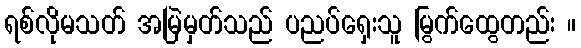
ရစ်လိုမသတ် အမြဲမှတ်သည် ပညပ်ရှေးသူ မြွက်ထွေတည်း ။